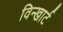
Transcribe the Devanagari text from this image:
विन्खार्ट